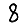
Digit: 8